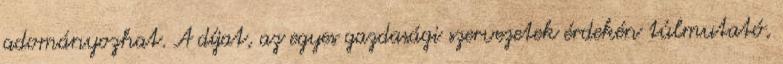
adományozhat. A díjat, az egyes gazdasági szervezetek érdekén túlmutató,